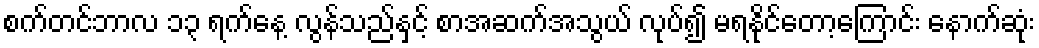
စက်တင်ဘာလ ၁၃ ရက်နေ့ လွန်သည်နှင့် စာအဆက်အသွယ် လုပ်၍ မရနိုင်တော့ကြောင်း နောက်ဆုံး